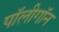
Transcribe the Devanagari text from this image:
पॉलीगॉन